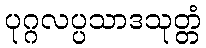
ပုဂ္ဂလပ္ပသာဒသုတ္တံ